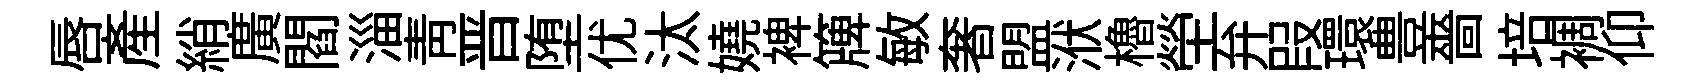
唇產綃廣閻淄青晋堕优汰嬈裨簰敏奢盟洑櫓塋弁叚環豊嗇培裯仰